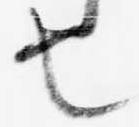
也